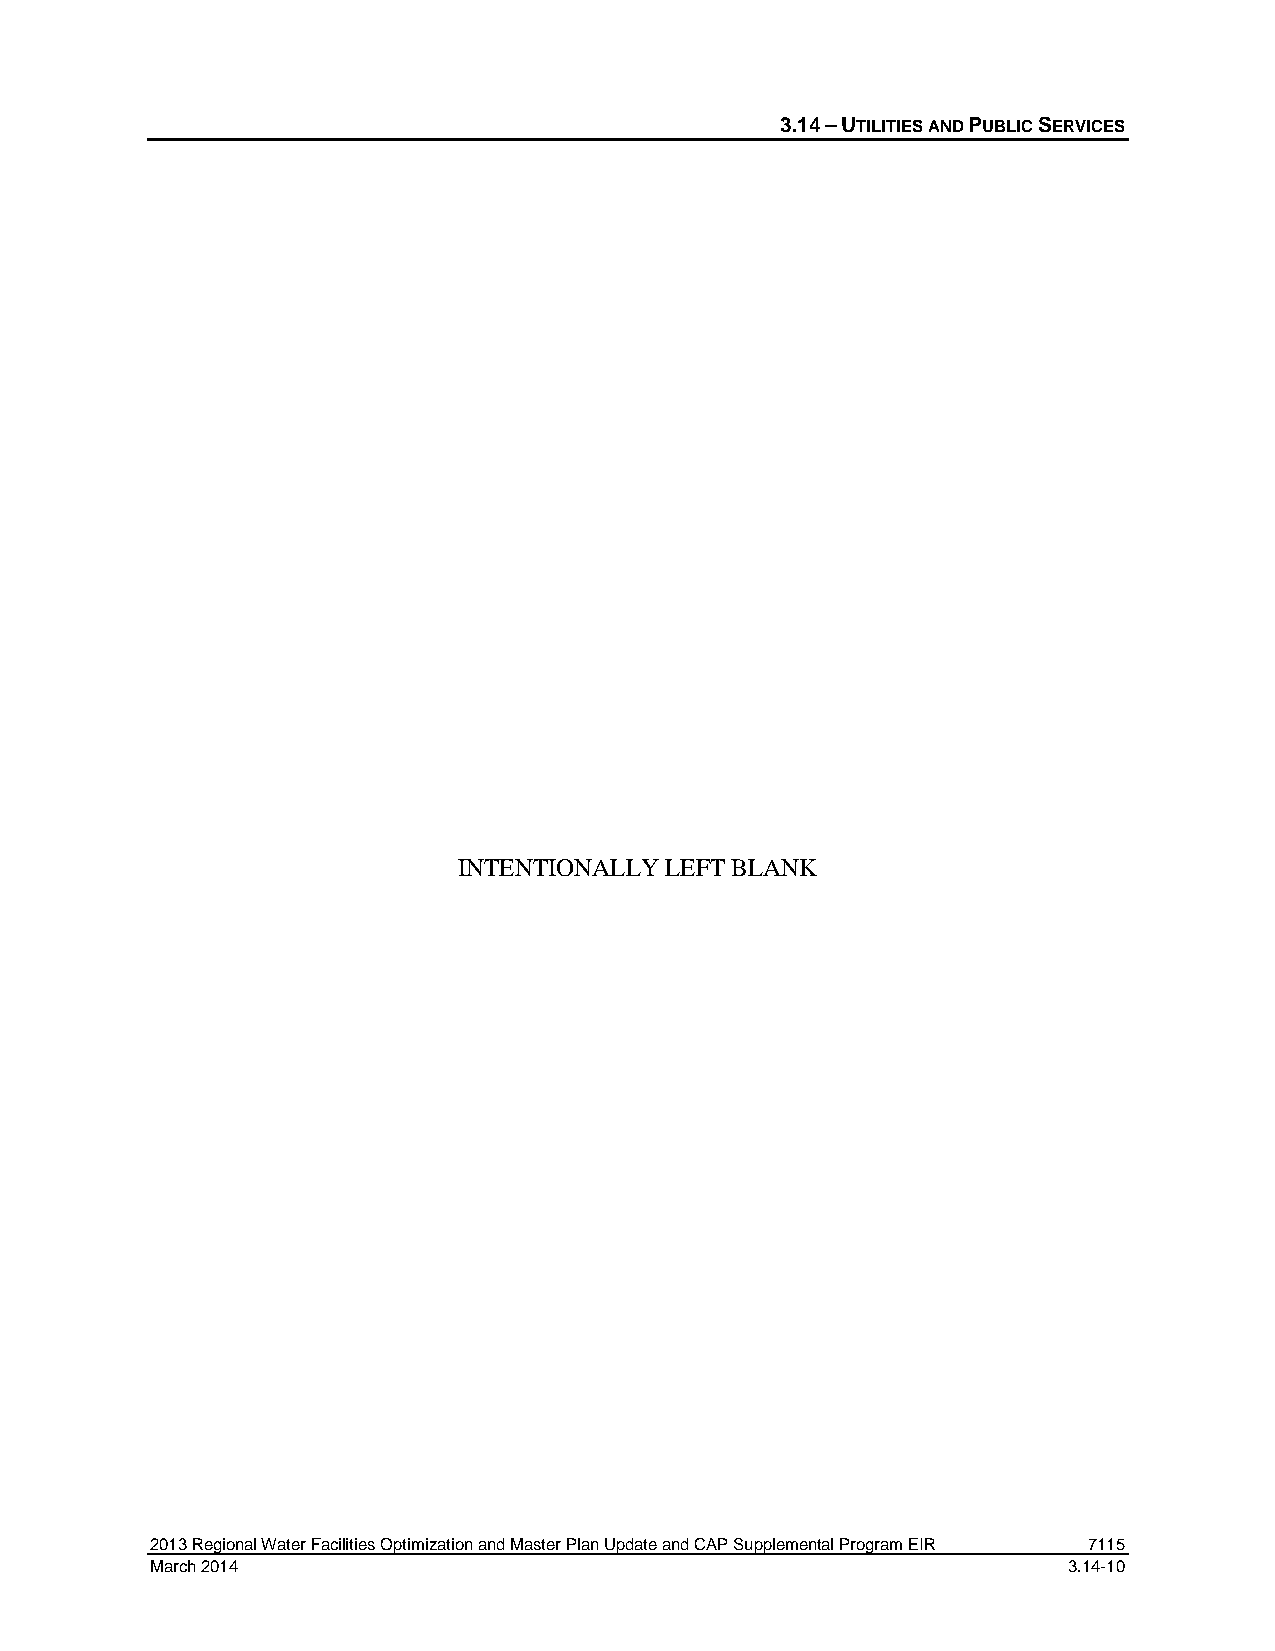
3.14 – UTILITIES AND PUBLIC SERVICES
 INTENTIONALLY LEFT BLANK
 2013 Regional Water Facilities Optimization and Master Plan Update and CAP Supplemental Program EIR 7115
 March 2014                                                   3.14-10